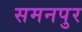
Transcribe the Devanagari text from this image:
समनपुर